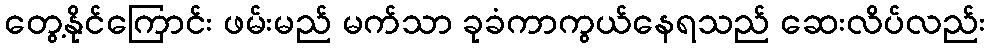
တွေ့နိုင်ကြောင်း ဖမ်းမည် မက်သာ ခုခံကာကွယ်နေရသည် ဆေးလိပ်လည်း